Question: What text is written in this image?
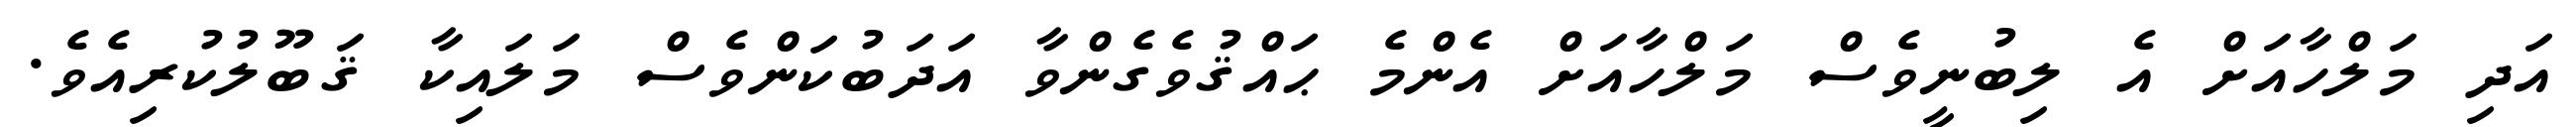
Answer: އަދި މަލްހާއަށް އެ ލިބުނީވެސް މަލްހާއަށް އެންމެ ޙައްޤުވެގެންވާ އަދަބުކަންވެސް މަލައިކާ ޤަބޫލުކުރިއެވެ.